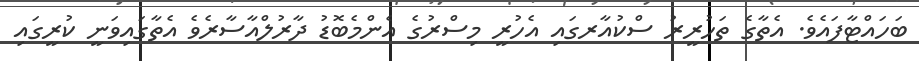
ބަހައްޓާފައެވެ. އެތާގެ ތަހުރީރު ސްކުއާރގައި އެހުރީ މިސްރުގެ އެންމެބޮޑު ދާރުލްއާސާރެވެ އެތާގައިވަނީ ކުރީގައި